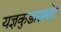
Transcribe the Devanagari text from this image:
यज्ञकुंडासमोर